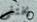
يختفى